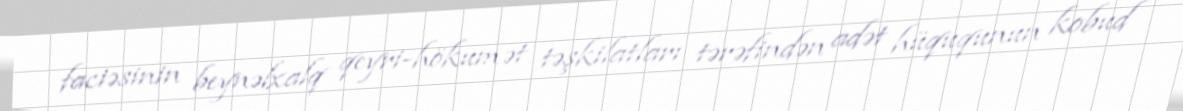
faciəsinin beynəlxalq qeyri-hökumət təşkilatları tərəfindən adət hüququnun kobud